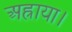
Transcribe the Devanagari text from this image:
अह्राया।